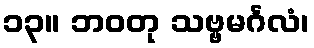
၁၃။ ဘဝတု သဗ္ဗမင်္ဂလံ၊